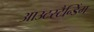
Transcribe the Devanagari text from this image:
आउटस्टैन्डिंग